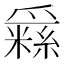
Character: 𤔳